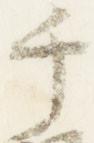
千